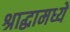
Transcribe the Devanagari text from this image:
श्राद्धामध्ये